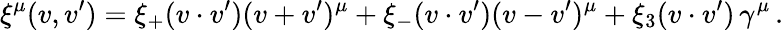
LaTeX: \xi^{\mu}(v,v^{\prime})=\xi_{+}(v\cdot v^{\prime})(v+v^{\prime})^{\mu}+\xi_{-}(v\cdot v^{\prime})(v-v^{\prime})^{\mu}+\xi_{3}(v\cdot v^{\prime})\, \gamma^{\mu}\, .